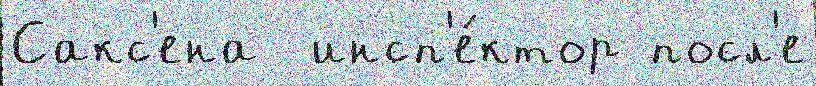
Сакс'ена  инсп'е́ктор посл'е